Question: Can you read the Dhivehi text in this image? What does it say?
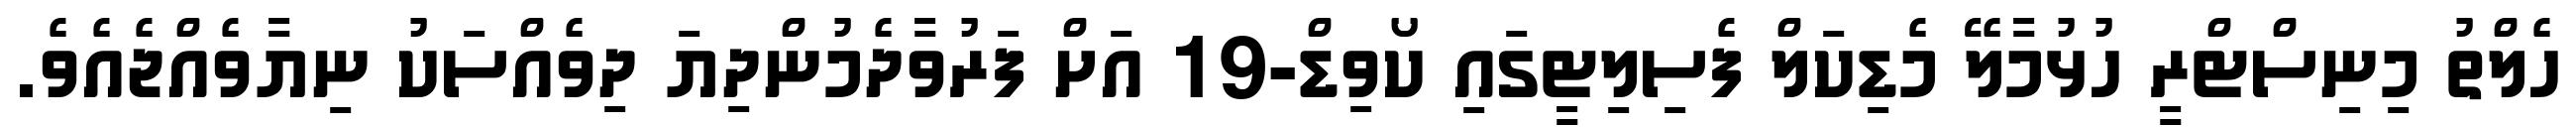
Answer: ހެލްތު މިނިސްޓްރީ ހުޅުމާލޭ މެޑިކަލް ފެސިލިޓީގައި ކޯވިޑް-19 އަށް ފަރުވާދެމުންދިޔަ ދިވެއްސަކު ނިޔާވެއްޖެއެވެ.